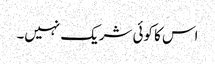
اس کا کوئی شریک نہیں۔